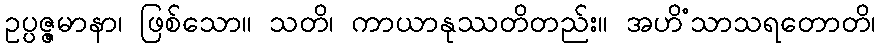
ဥပ္ပဇ္ဇမာနာ၊ ဖြစ်သော။ သတိ၊ ကာယာနုဿတိတည်း။ အဟိံသာသရတောတိ၊